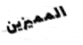
المميزين